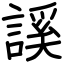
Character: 謑